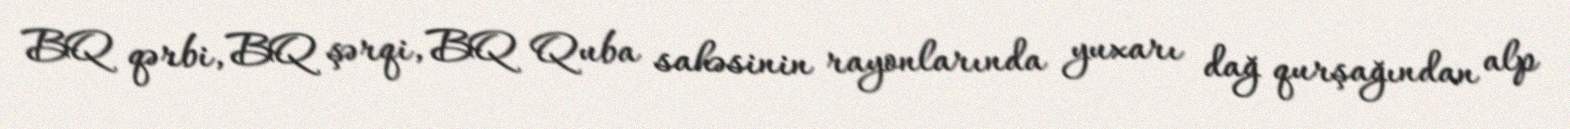
BQ qərbi, BQ şərqi, BQ Quba sahəsinin rayonlarında yuxarı dağ qurşağından alp